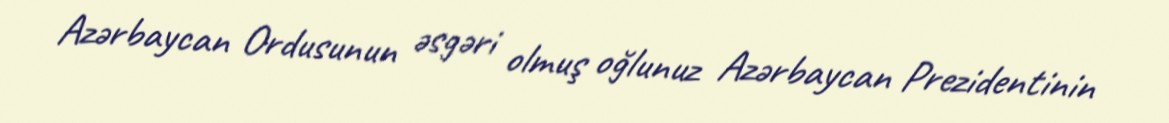
Azərbaycan Ordusunun əsgəri olmuş oğlunuz Azərbaycan Prezidentinin